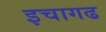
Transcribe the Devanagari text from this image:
इचागढ